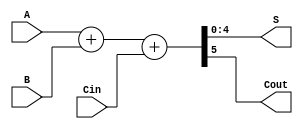
module FA(A, B, Cin, S, Cout);
    input	[3:0]	A, B;
	input			Cin;
    output	[4:0]	S;
    output			Cout;
    assign	{Cout, S} = A + B + Cin;
endmodule